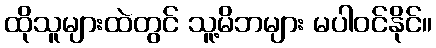
ထိုသူများထဲတွင် သူ့မိဘများ မပါဝင်နိုင်။